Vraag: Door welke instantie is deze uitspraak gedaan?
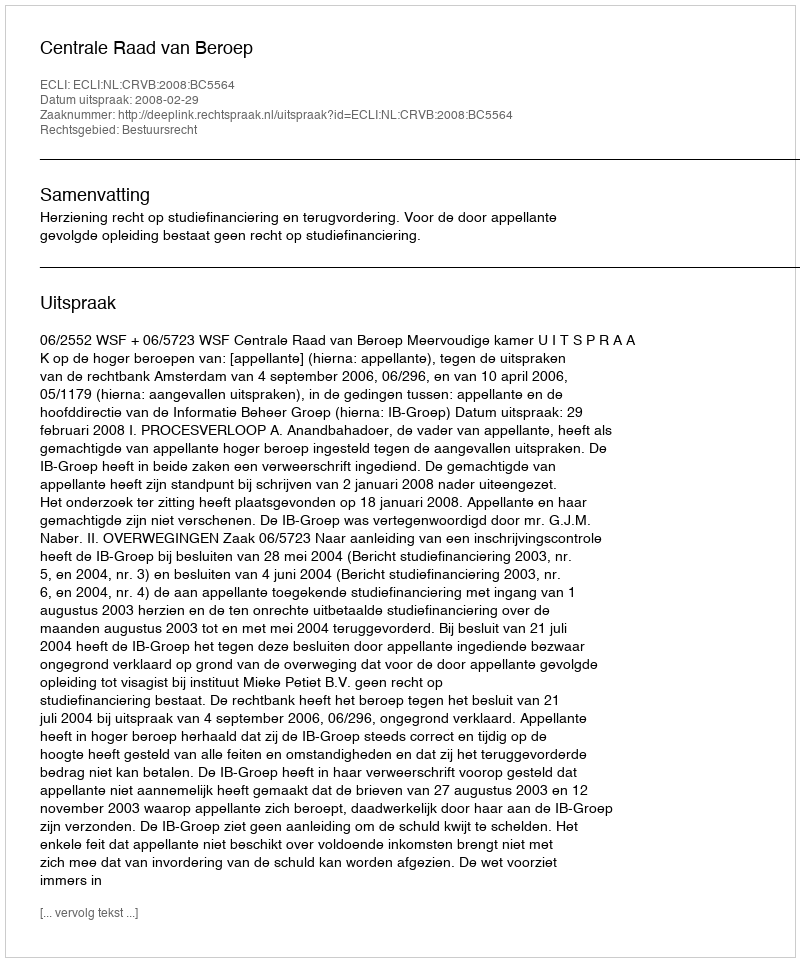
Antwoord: Centrale Raad van Beroep